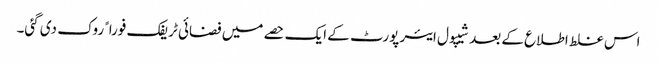
اس غلط اطلاع کے بعد شیپول ایئر پورٹ کے ایک حصے میں فضائی ٹریفک فوراﹰ روک دی گئی۔